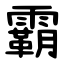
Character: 霸